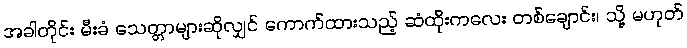
အခါတိုင်း မီးခံ သေတ္တာများဆိုလျှင် ကောက်ထားသည့် ဆံထိုးကလေး တစ်ချောင်း၊ သို့ မဟုတ်